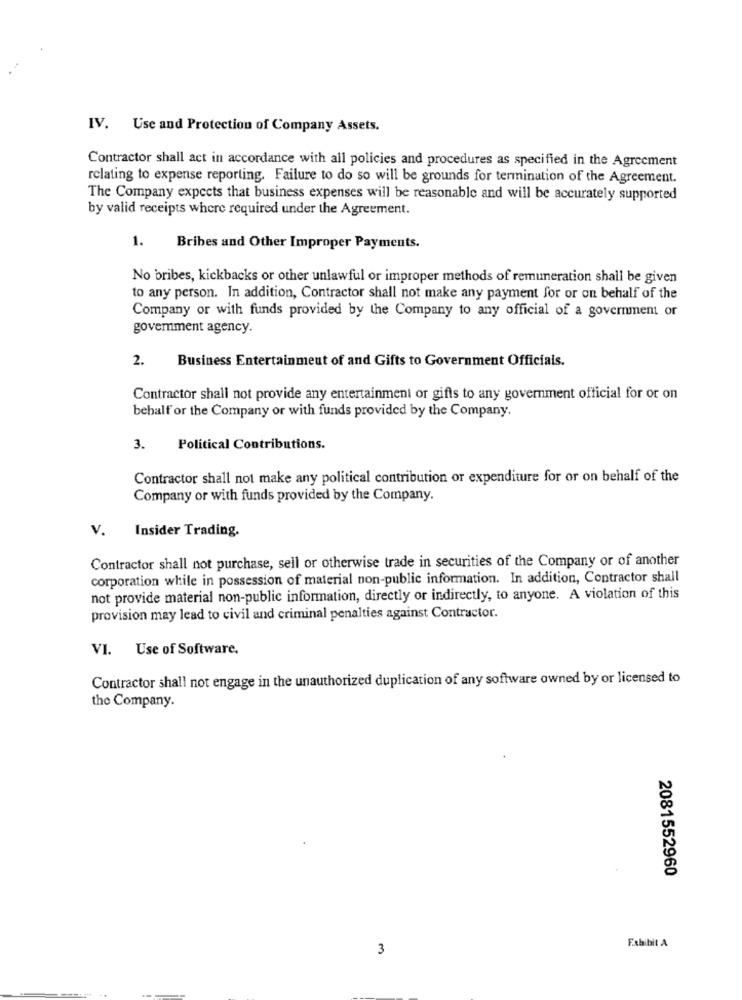
IV. Use and Protection of Company Assets.
Contractor shall act in accordance with all policies and procedures as specified in the Agreement
relating to expense reporting. Failure to do so will be grounds for termination of the Agreement.
The Company expects that business expenses will be reasonable and will be accurately supported
by valid receipts where required under the Agreement.
1.
Bribes and Other Improper Payments.
No bribes, kickbacks or other unlawful or improper methods of remuneration shall be given
to any person. In addition, Contractor shall not make any payment for or on behalf of the
Company or with funds provided by the Company to any official of a government or
goverment agency.
2.
Business Entertainment of and Gifts to Government Officials.
Contractor shall not provide any entertainment or gifts to any government official for or on
behalf or the Company or with funds provided by the Company.
3.
Political Contributions.
Contractor shall not make any political contribution or expenditure for or on behalf of the
Company or with funds provided by the Company.
v.
Insider Trading.
Contractor shall not purchase, sell or otherwise trade in securities of the Company or of another
corporation while in possession of material non-public information. In addition, Contractor shall
not provide material non-public information, directly or indirectly, to anyone. A violation of this
provision may lead to civil and criminal penalties against Contractor.
VI. Use of Software.
Contractor shall not engage in the unauthorized duplication of any software owned by or licensed to
the Company.
2081552960
3
Exhibit A